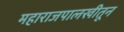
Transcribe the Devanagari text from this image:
महाराजपालखीतून